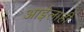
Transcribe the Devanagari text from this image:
आईलाही